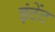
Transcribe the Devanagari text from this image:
इंटेंट